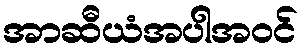
အာဆီယံအပါအဝင်